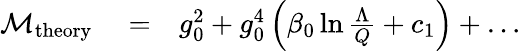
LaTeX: \begin{array}{rlr}{{\cal M}_{\mathrm{theory}}}&{{}=}&{g_{0}^{2}+g_{0}^{4}\left(\beta_{0}\ln{\frac{\Lambda}{Q}}+c_{1}\right)+\dots}\end{array}